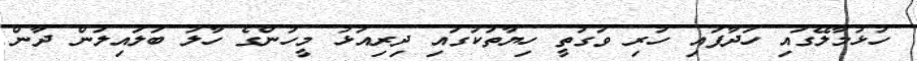
ހުޅުމާލޭގައި ހަދާފައި ހުރި ވަގުތީ ހިޔާތަކުގައި ދިރިއުޅު މީހުންގެ ހާލު ބަލައިލަން ދާން